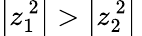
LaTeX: \left|z_{1}^{\ 2}\right|>\left|z_{2}^{\ 2}\right|\,